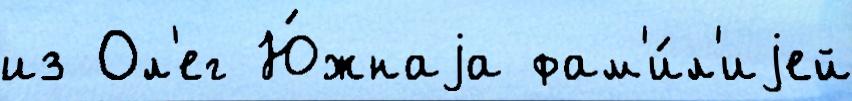
из Ол'ег Ю́жнаjа фам'и́л'иjей